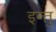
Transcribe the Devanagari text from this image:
इन्तु